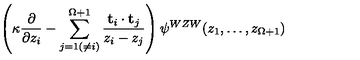
\left( \kappa \frac { \partial } { \partial z _ { i } } - \sum _ { j = 1 ( \neq i ) } ^ { \Omega + 1 } \frac { { \bf t } _ { i } \cdot { \bf t } _ { j } } { z _ { i } - z _ { j } } \right) \psi ^ { W Z W } ( z _ { 1 } , \dots , z _ { \Omega + 1 } )